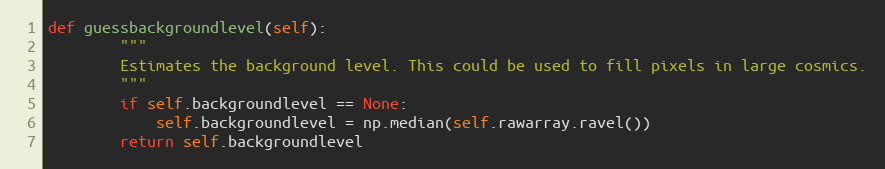
Language: Python
def guessbackgroundlevel(self):
        """
        Estimates the background level. This could be used to fill pixels in large cosmics.
        """
        if self.backgroundlevel == None:
            self.backgroundlevel = np.median(self.rawarray.ravel())
        return self.backgroundlevel